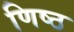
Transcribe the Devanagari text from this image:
णिष्ठ